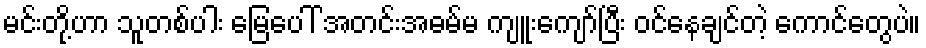
မင်းတို့ဟာ သူတစ်ပါး မြေပေါ် အတင်းအဓမ်မ ကျူးကျော်ပြီး ဝင်နေချင်တဲ့ ကောင်တွေပဲ။